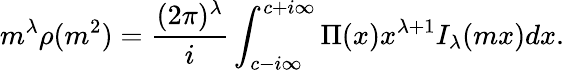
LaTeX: m^{\lambda}\rho(m^{2})=\frac{(2\pi)^{\lambda}}{i}\int_{c-i\infty}^{c+i\infty}\Pi(x)x^{\lambda+1}I_{\lambda}(mx)dx.